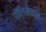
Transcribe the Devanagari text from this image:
पॉलिमेकान